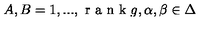
A , B = 1 , . . . , { \textrm { r a n k } } g , \alpha , \beta \in \Delta